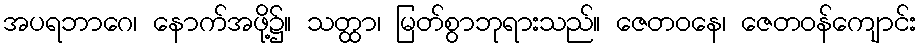
အပရဘာဂေ၊ နောက်အဖို့၌။ သတ္ထာ၊ မြတ်စွာဘုရားသည်။ ဇေတဝနေ၊ ဇေတဝန်ကျောင်း